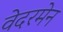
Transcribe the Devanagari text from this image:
वेदरमेन